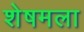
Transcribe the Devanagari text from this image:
शेषमला